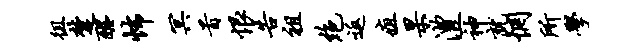
徂楚醒怖冥首恨告祖绝返疽杲澧神就惘所学